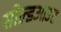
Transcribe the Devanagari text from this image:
सोल्डआउट